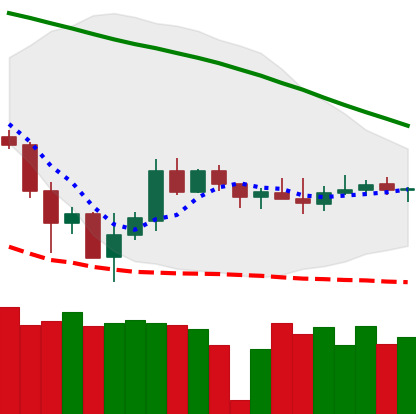
Ticker: XMR-USD
Chart end date: 2019-12-09
Forward return: -5.003%
Label: down_5_7